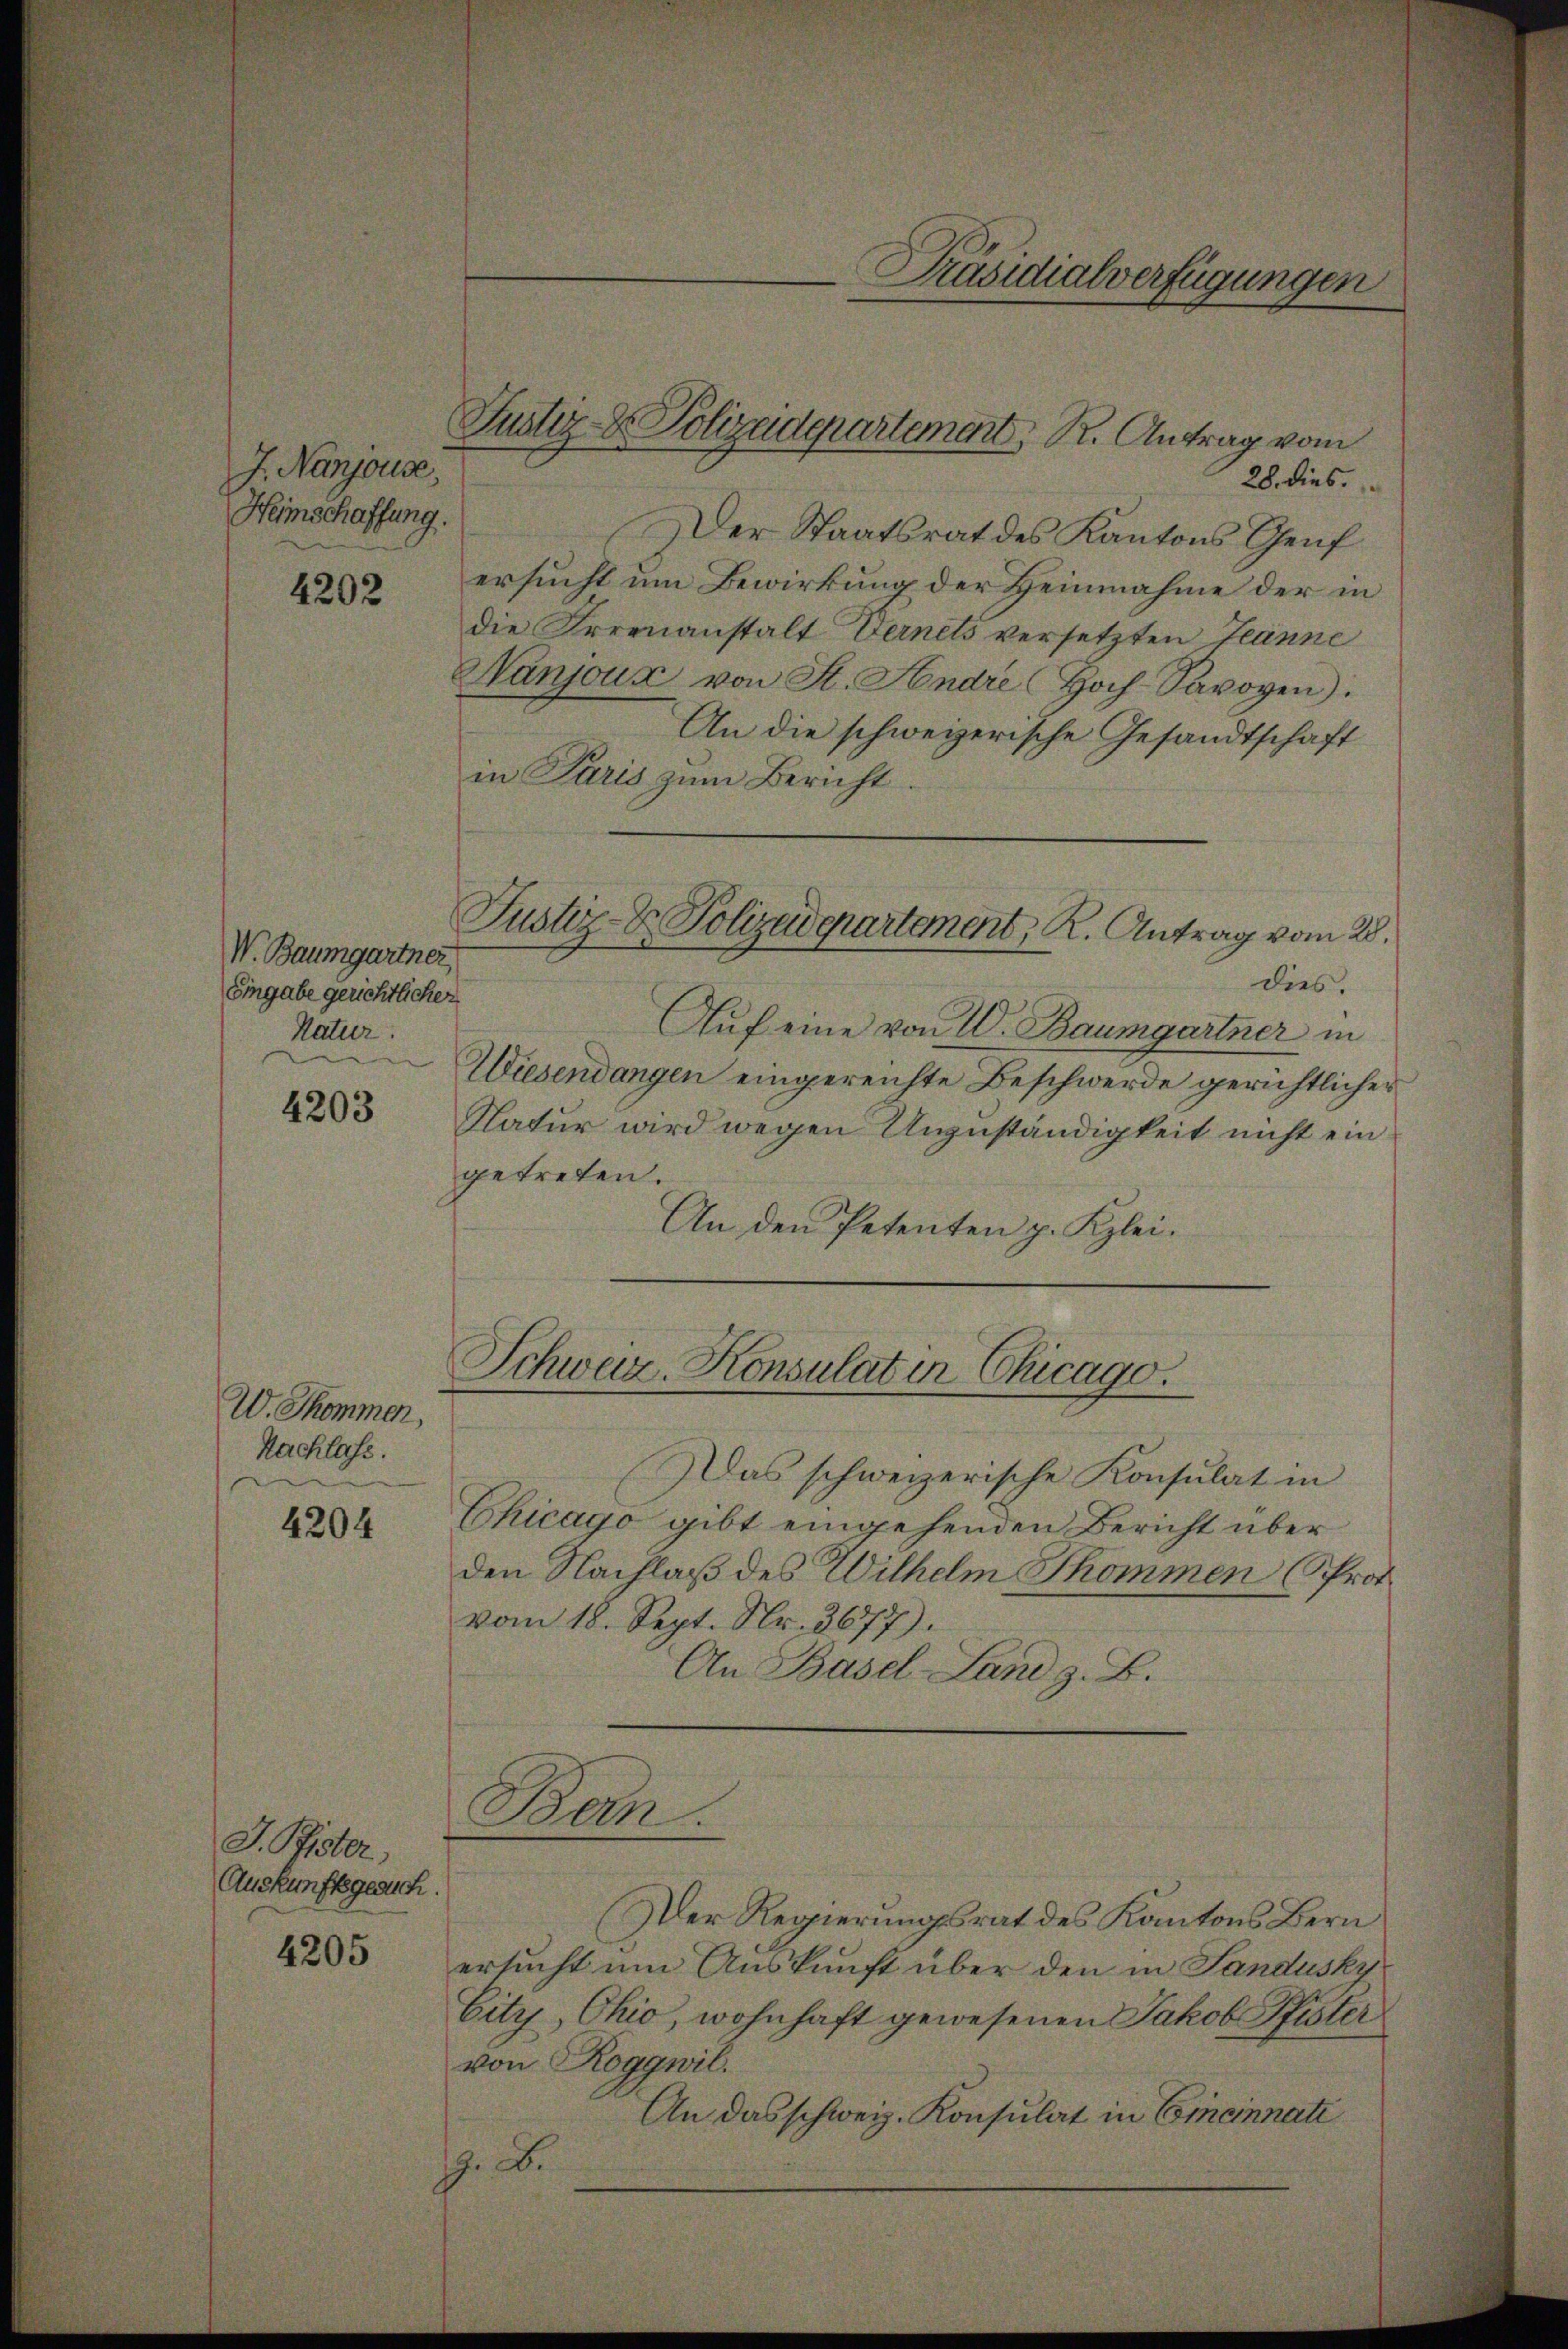
J. Nanjouse
Heimschaffung.

4202

V. Baumgartner
Eingabe gerichtliche
Natur.

4203

W. Thommen,
Nachlass.

4204

J. Kister,
Auskunftsgesuch.
4205

28. dies
Der Staatsrat des Kantons Genf
ersucht um Bewirkung der Heinnahme der in
die Irrenanstalt Vernets versetzten Teanne
Nanjoux, von St. Andre Hoch-Savoyen).
An die schweizerische Gesandtschaft
in Paris zum Bericht.
Justiz- & Polizeidepartement, R. Antrag vom 28.
dies.
s
Auf eine von W. Baumgartner in
Wiesendangen eingereichte Beschwerde gerichtlicher
Natur wird wegen Unzuständigkeit nicht ein
getreten.
An den Petenten p. Klei¬

Justiz- & Polizeidepartement, R. Antrag vom

Präsidialverfügungen

Schweiz. Konsulater Chicago.

Ban.

Das schweizerische Konsulat in
Chicago gibt eingehenden Bericht über
den Nachlaß des Wilhelm Thommen (Prot.
vom 18. Sept. Nr. 3677).
An Basel-Land z. B.

Der Regierungsrat des Kantons Bern
ersucht um Auskunft über den in Sandusky
Citz, Ohio, wohnhaft gewesenen Jakob Pfister
von Roggwil.
An das schweiz. Konsulat in Emcinnati
Z. B.